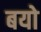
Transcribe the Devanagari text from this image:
बयो